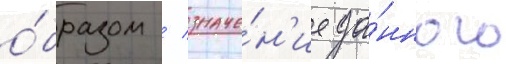
о́бразом / значе́н'ие да́нного